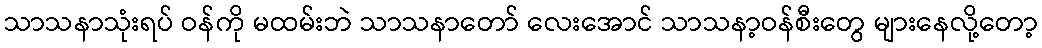
သာသနာသုံးရပ် ဝန်ကို မထမ်းဘဲ သာသနာတော် လေးအောင် သာသနာ့ဝန်စီးတွေ များနေလို့တော့